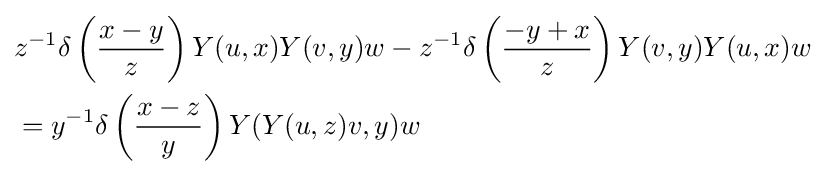
{\begin{aligned}&z^{-1}\delta \left({\frac {x-y}{z}}\right)Y(u,x)Y(v,y)w-z^{-1}\delta \left({\frac {-y+x}{z}}\right)Y(v,y)Y(u,x)w\\&=y^{-1}\delta \left({\frac {x-z}{y}}\right)Y(Y(u,z)v,y)w\end{aligned}}